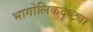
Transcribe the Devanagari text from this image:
भागोलिकदृष्ट्या